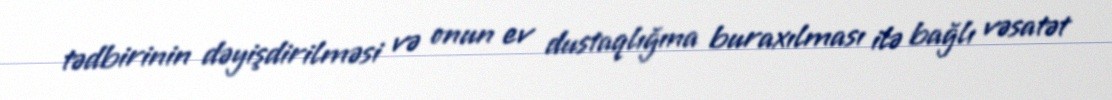
tədbirinin dəyişdirilməsi və onun ev dustaqlığına buraxılması ilə bağlı vəsatət